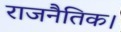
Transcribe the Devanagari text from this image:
राजनैतिक।